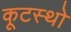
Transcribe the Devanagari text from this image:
कूटस्थो